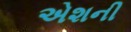
એશની